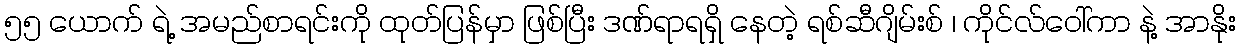
၅၅ ယောက် ရဲ့ အမည်စာရင်းကို ထုတ်ပြန်မှာ ဖြစ်ပြီး ဒဏ်ရာရရှိ နေတဲ့ ရစ်ဆီဂျိမ်းစ် ၊ ကိုင်လ်ဝေါ်ကာ နဲ့ အာနိုး